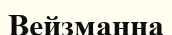
Вейзманна